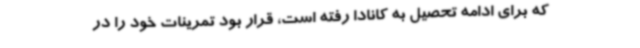
که برای ادامه تحصیل به کانادا رفته است، قرار بود تمرینات خود را در